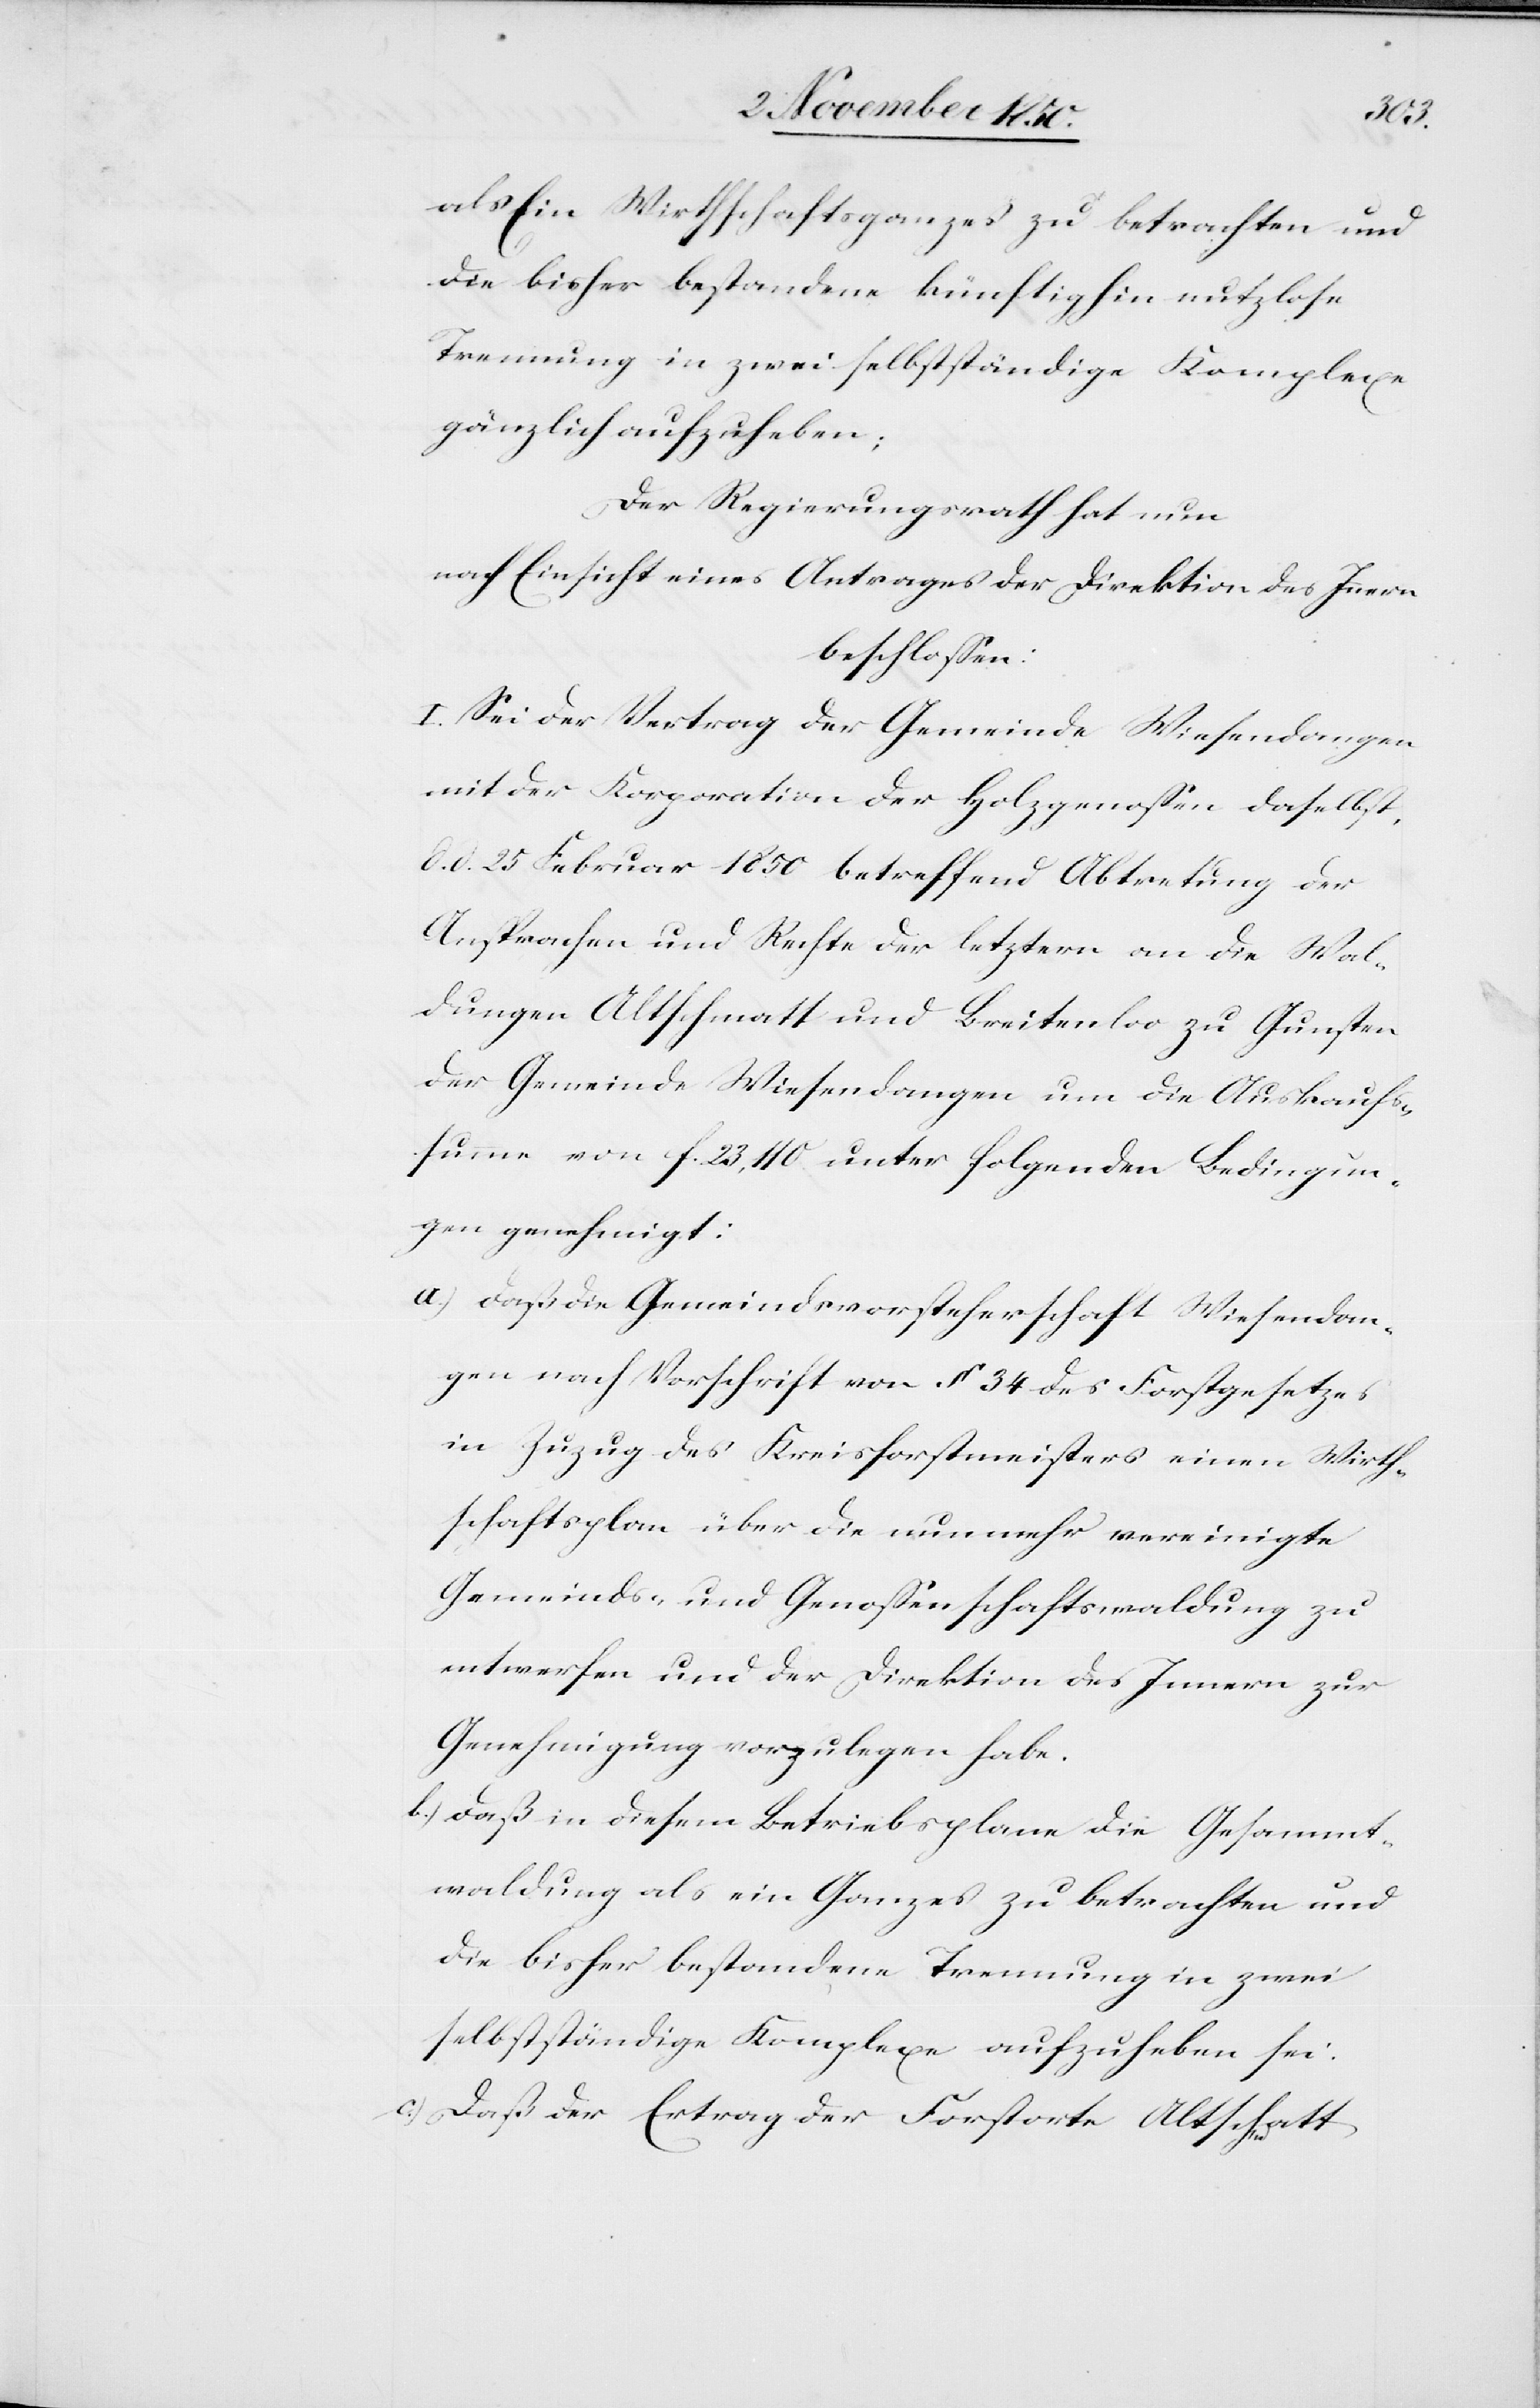
als Ein Wirthschaftsganzes zu betrachten und
die bisher bestandene künftighin nutzlose
Trennung in zwei selbstständige Komplexe
gänzlich aufzuheben;
Der Regierungsrath hat nun
nach Einsicht eines Antrages der Direktion des Innern
beschlossen:
I. Sei der Vertrag der Gemeinde Wiesendangen
mit der Korporation der Holzgenossen daselbst,
d. d. 25 Februar 1850 betreffend Abtretung der
Ansprachen und Rechte der letztern an die Wal¬
dungen Altschmatt und Breitenloo zu Gunsten
der Gemeinde Wiesendangen um die Auskaufs¬
summe von f. 23,110 unter folgenden Bedingun¬
gen genehmigt:
a.) Daß die Gemeindsvorsteherschaft Wiesendan¬
gen nach Vorschrift von § 34 des Forstgesetzes
in Zuzug des Kreisforstmeisters einen Wirth¬
schaftsplan über die nunmehr vereinigte
Gemeinds- und Genossenschaftswaldung zu
entwerfen und der Direktion des Innern zur
Genehmigung vorzulegen habe.
b.) Daß in diesem Betriebsplane die Gesammt¬
waldung als ein Ganzes zu betrachten und
die bisher bestandene Trennung in zwei
selbstständige Komplexe aufzuheben sei.
c.) Daß der Ertrag der Forstorte Altschmatt